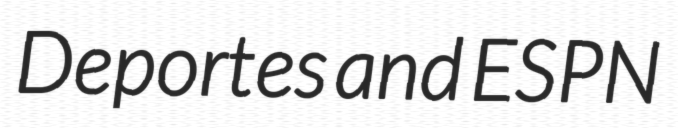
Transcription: Deportes and ESPN